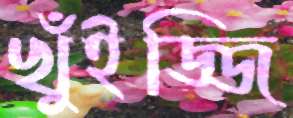
খুঁইজ্জি